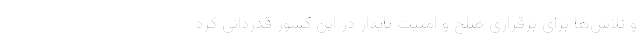
و تلاش‌ها برای برقراری صلح و امنیت پایدار در این کشور قدردانی کرد